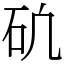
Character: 𥐥